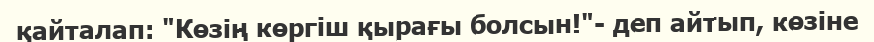
қайталап: "Көзің көргіш қырағы болсын!"- деп айтып, көзіне